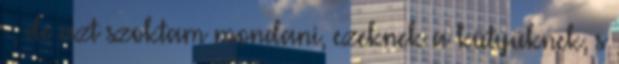
-, de azt szoktam mondani, ezeknek a kütyüknek, s